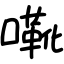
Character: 㗾